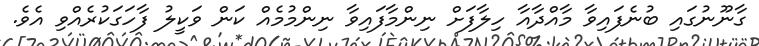
ގާނޫނުގައި ބުނެފައިވާ މާއްދާއާ ހިލާފަށް ނިންމާފައިވާ ނިންމުމެއް ކަން ވަކީލު ފާހަގަކުރެއްވި އެވެ.